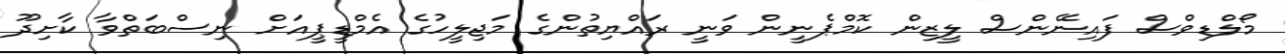
މޯލްޑިވްސް ފައިނޭންސް ލީޒިން ކޮމްޕެނީން ވަނީ ރައްޔިތުންގެ މަޖިލީހުގެ އެމްޑީޕީއަށް ނިސްބަތްވާ ކާށިދޫ